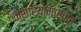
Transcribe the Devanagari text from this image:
कसार्‍यामार्फत